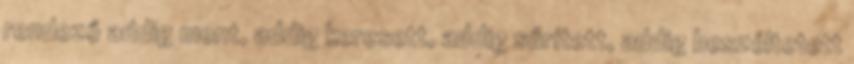
rendező addig ment, addig keresett, addig sűrített, addig beszéltetett